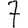
Digit: 7